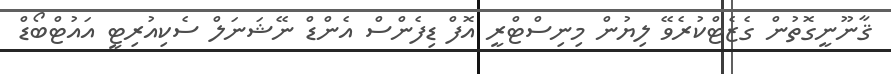
ޤާނޫނީގޮތުން ގެޒެޓްކުރެވޭ ލިޔުން މިނިސްޓްރީ އޮފް ޑިފެންސް އެންޑް ނޭޝަނަލް ސެކިއުރިޓީ އައުޓްބޯޑް